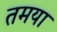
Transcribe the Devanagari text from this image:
तमया